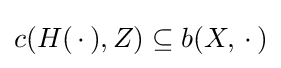
c(H(\,\cdot \,),Z)\subseteq b(X,\,\cdot \,)